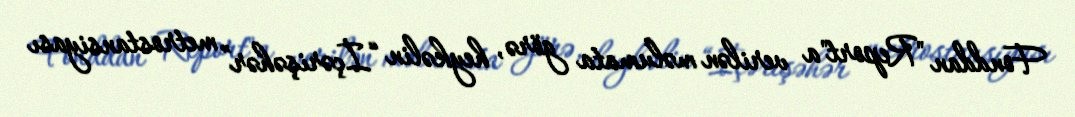
Fonddan "Report"a verilən məlumata görə, heykəlin “İçərişəhər” metrostansiyası